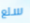
سلع